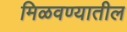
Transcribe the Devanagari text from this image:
मिळवण्यातील